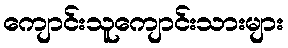
ကျောင်းသူကျောင်းသားများ